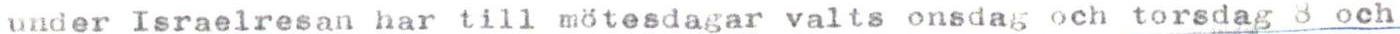
under Israelresan har till mötesdagar valts onsdag och torsdag 3 och